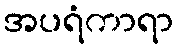
အပရံကာရာ